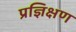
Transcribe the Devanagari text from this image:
प्रज्ञिक्षण